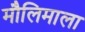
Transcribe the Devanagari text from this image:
मौलिमाला